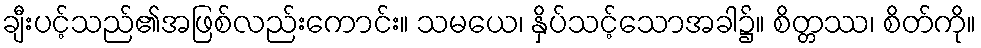
ချီးပင့်သည်၏အဖြစ်လည်းကောင်း။ သမယေ၊ နှိပ်သင့်သောအခါ၌။ စိတ္တဿ၊ စိတ်ကို။